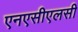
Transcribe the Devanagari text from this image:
एनएसीएलसी